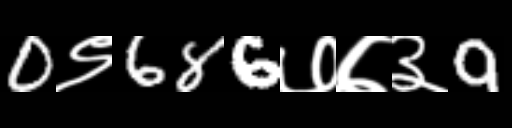
Text: 0९686७७३9